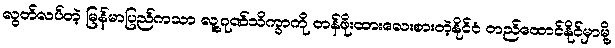
လွတ်လပ်တဲ့ မြန်မာပြည်ကသာ လူ့ဂုဏ်သိက္ခာကို တန်ဖိုးထားလေးစားတဲ့နိုင်ငံ တည်ထောင်နိုင်မှာမို့